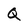
Character: Q